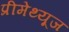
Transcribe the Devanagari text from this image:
प्रीमेथ्यूज